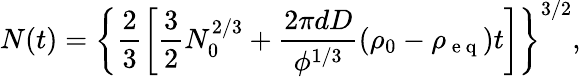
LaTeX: N(t)=\left\{ \frac{2}{3}\left[\frac{3}{2}N_{0}^{2/3}+\frac{2\pi dD}{\phi^{1/3}}\left(\rho_{0}-\rho_{\mathrm{~e~q~}}\right)t\right]\right\} ^{3/2},